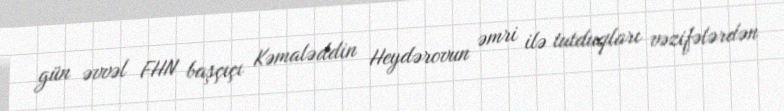
gün əvvəl FHN başçıçı Kəmaləddin Heydərovun əmri ilə tutduqları vəzifələrdən